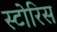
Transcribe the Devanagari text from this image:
स्टोरिस